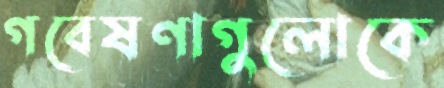
গবেষণাগুলোকে